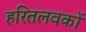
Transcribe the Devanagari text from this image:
हरितलवकों